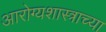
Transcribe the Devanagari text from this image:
आरोग्यशास्त्राच्या